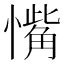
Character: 𪬰